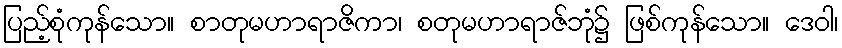
ပြည့်စုံကုန်သော။ စာတုမဟာရာဇိကာ၊ စတုမဟာရာဇ်ဘုံ၌ ဖြစ်ကုန်သော။ ဒေဝါ၊